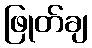
ဖြုတ်ချ